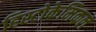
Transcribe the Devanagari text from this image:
हिस्टोकेमिकल